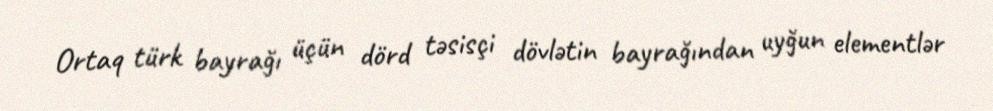
Ortaq türk bayrağı üçün dörd təsisçi dövlətin bayrağından uyğun elementlər